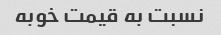
نسبت به قیمت خوبه